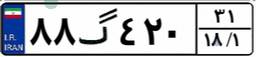
۲۵گ۹۴۶۶۸